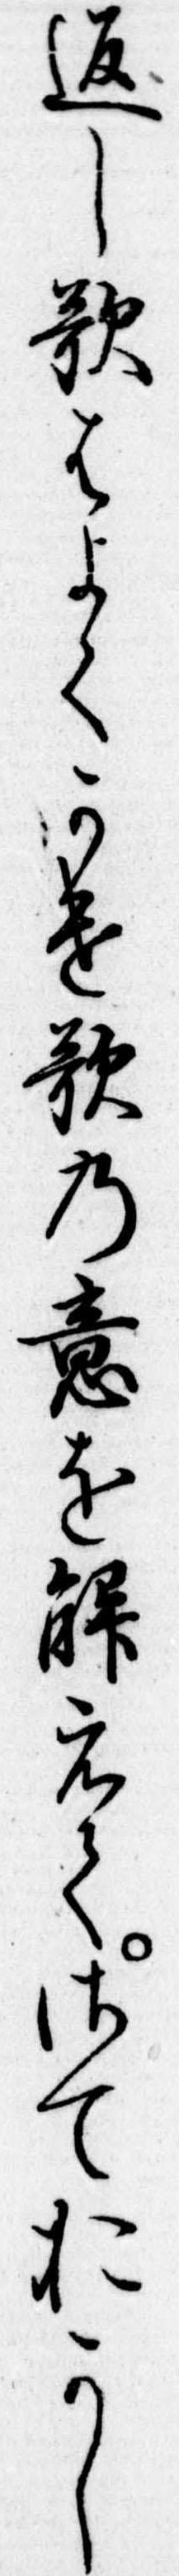
返し歌はよくかけ歌の意をえてさておかし